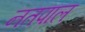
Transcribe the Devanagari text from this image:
नतपाल